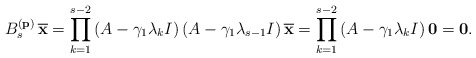
\begin{align*}B_s^{(\bf p)}\,{\bf \overline{x}}=\prod_{k=1}^{s-2}\left( A - \gamma_1 \lambda_k I\right)\left( A - \gamma_1 \lambda_{s-1} I\right){\bf \overline{x}}=\prod_{k=1}^{s-2}\left( A - \gamma_1 \lambda_k I\right){\bf 0}={\bf 0}.\end{align*}